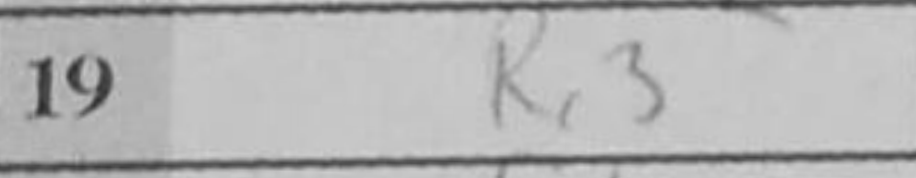
Transcription: Rc3